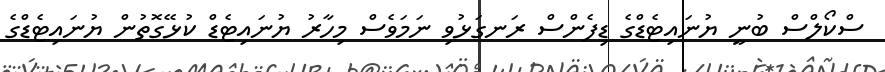
ސްކޯލްސް ބުނީ ޔުނައިޓެޑްގެ ޑިފެންސް ރަނގަޅުވި ނަމަވެސް މިހާރު ޔުނައިޓެޑް ކުޅޭގޮތުން ޔުނައިޓެޑްގެ